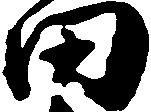
田